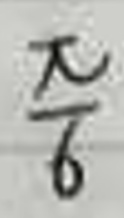
$\frac{\pi}{6}$